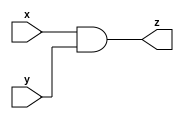
module and_gate (x, y, z);
  input x;
  input y;
  output z;
  
  assign z = (x&y) ;
  
  
endmodule